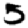
Digit: 5